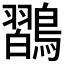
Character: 𪄶